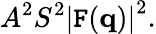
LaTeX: A^{2}S^{2}\left|\mathtt{F}(\mathbf{{q}})\right|^{2}.